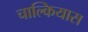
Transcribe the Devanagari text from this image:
चाल्कियास